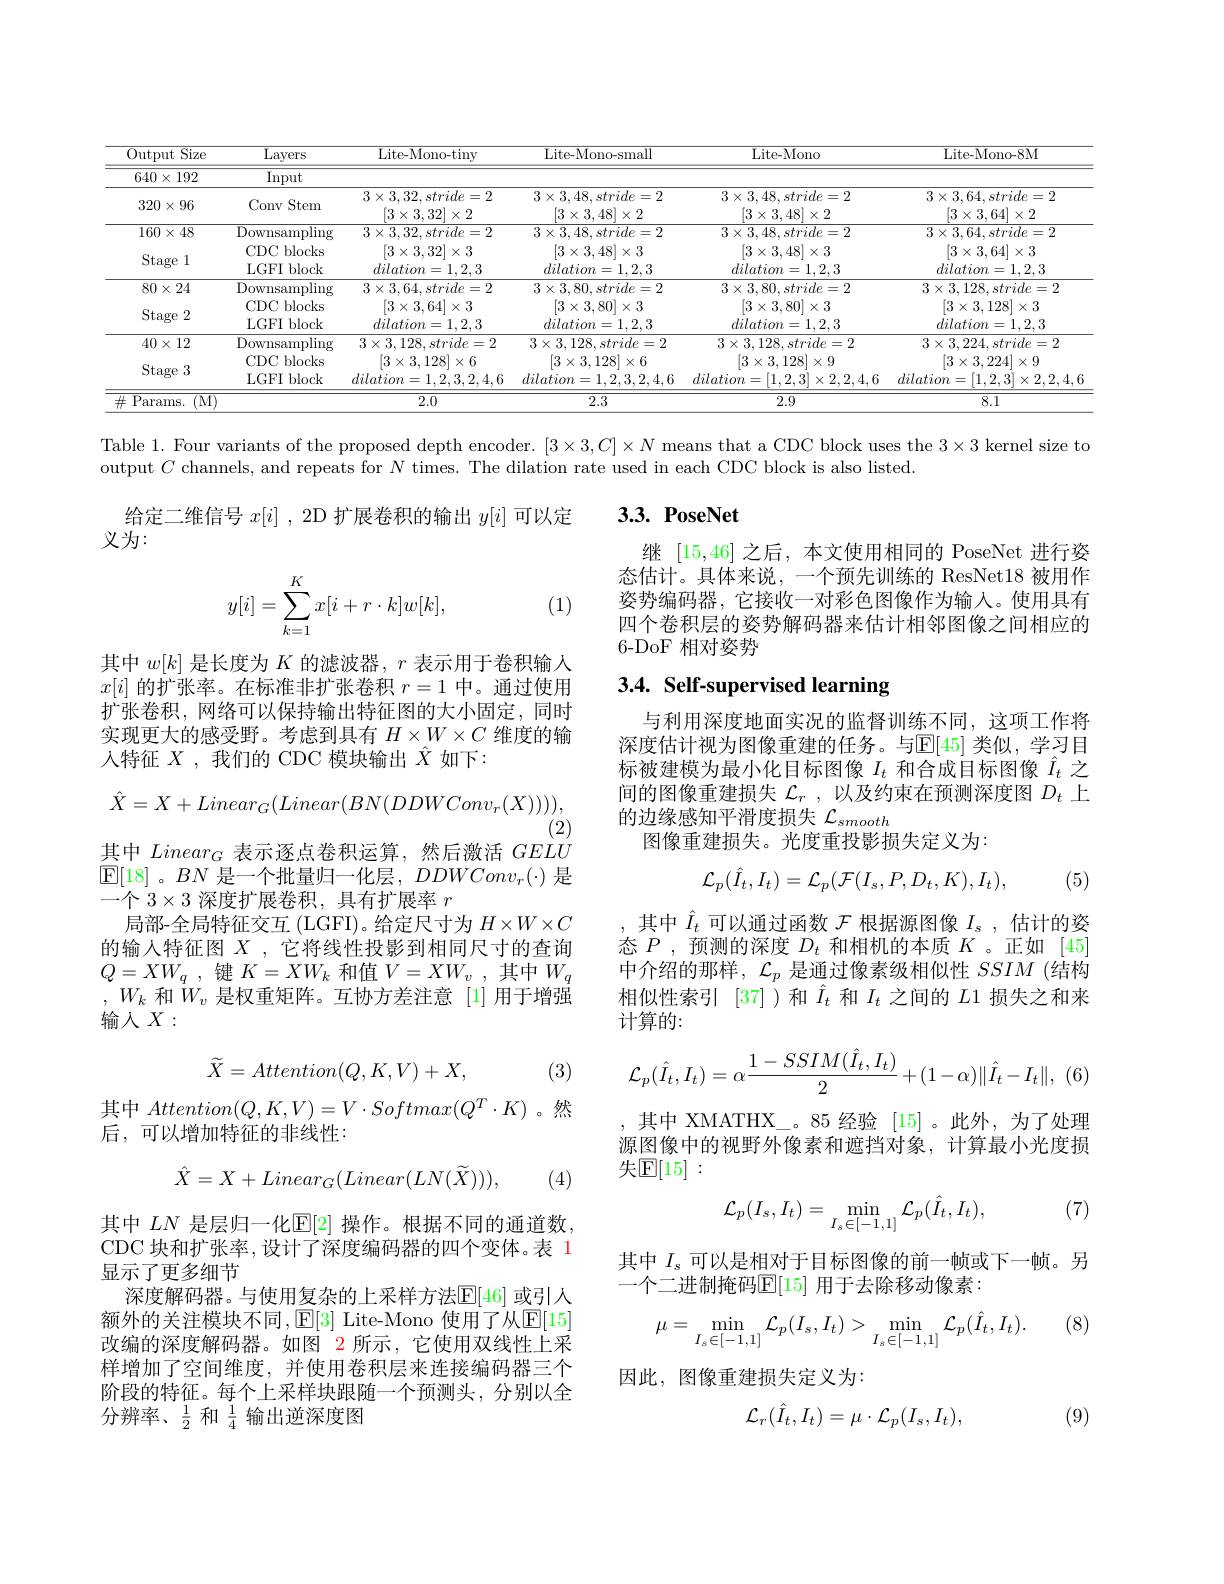
<table>
	<tbody>
		<tr>
			<th>Output Size T</th>
			<th>Layers</th>
			<th>Lite-Mono-tiny</th>
			<th>Lite-Mono-small</th>
			<th>Lite- Mono</th>
			<th>Lite-Mono-8M</th>
		</tr>
		<tr>
			<td>$640\times192$</td>
			<td>Input</td>
			<td> </td>
			<td> </td>
			<td> </td>
			<td> </td>
		</tr>
		<tr>
			<td>$320\times96$</td>
			<td>Conv Stem</td>
			<td>$3\times3,32,stride=2$ $\left|3\times3,32\right|$ $|\times2$</td>
			<td>$3\times3,48,stride=2$ $|3\times3,48|\times2$</td>
			<td>$3\times3,48,stride=2$ $|3\times3,48|\times2$</td>
			<td>$3\times3,64,stride=2$ $\left|3\times3,64\right|\times2$</td>
		</tr>
		<tr>
			<td>$160\times48$</td>
			<td>$\overline{{\mathrm{Downsampling}}}$</td>
			<td>$3\times3,32,stride=2$</td>
			<td>$3\times3,48,stride=2$</td>
			<td>$3\times3,48,stride=2$</td>
			<td>$3\times3,64,stride=2$</td>
		</tr>
		<tr>
			<td>Stage 1</td>
			<td>CDC blocks LGFI block</td>
			<td>$\left|3\times3,32\right|\times3$ $dilation=1,2,3$</td>
			<td>$[3\times3,48]\times3$ $dilation=1,2,3$</td>
			<td>$\left|3\times3,48\right|\times3$ $dilation=1,2,3$</td>
			<td>$\left|3\times3,64\right|\times3$ $dilation=1,2,3$</td>
		</tr>
		<tr>
			<td>$80\times24$</td>
			<td>Downsampling</td>
			<td>$3\times3,64,stride=2$</td>
			<td>$3\times3,80,stride=2$</td>
			<td>$3\times3,80,stride=2$</td>
			<td>$3\times3,128,stride=2$</td>
		</tr>
		<tr>
			<td>Stage 2</td>
			<td>CDC blocks LGFI block</td>
			<td>$\left|3\times3,64\right|$ $1\times3$ $dilation=1,2,3$</td>
			<td>$\left|3\times3,80\right|$ $1]\times3$ $dilation=1,2,3$</td>
			<td>$\left|3\times3,80\right|\times3$ $dilation=1,2,3$</td>
			<td>$\left|3\times3,128\right|\times3$ $dilation=1,2,3$</td>
		</tr>
		<tr>
			<td>$40\times12$</td>
			<td>${\overline{{\mathrm{Downsampling}}}}$</td>
			<td>$3\times3,128,stride=2$</td>
			<td>$3\times3,128,stride=2$</td>
			<td>$3\times3,128,stride=2$</td>
			<td>$3\times3,224,stride=2$</td>
		</tr>
		<tr>
			<td>Stage 3</td>
			<td>CDC blocks LGFI block</td>
			<td>$3\times3,128$ $dilation=1,2,3,2,4,6$</td>
			<td>$3\times3,128$ $X$ $dilation=1,2,3,2,4,6$</td>
			<td>$0\times$ 0, TA $dilation=[1,2,3]\times2,2,4,6$</td>
			<td>$|3\times$ 3,224 A $dilation=[1,2,3]\times2,2,4,6$</td>
		</tr>
		<tr>
			<td>${\overline{{\mathrm{Params.}}}}$ (MT</td>
			<td> </td>
			<td>2.0</td>
			<td>2.3</td>
			<td>2.9</td>
			<td>8.1</td>
		</tr>
	</tbody>
</table>

Table 1. Four variants of the proposed depth encoder. $[3\times3,C]\times N$ means that a CDC block uses the $3\times3$ kernel size to
output $C$ channels, and repeats for $N$ times. The dilation rate used in each CDC block is also listed.

### $3. 3. \textbf{PoseNet}$

给定二维信号$x[i]$ ,2D 扩展卷积的输出$y[i]$可以定
义为：

继[15,46]之后，本文使用相同的 PoseNet 进行姿态估计。具体来说，一个预先训练的 ResNet18 被用作姿势编码器，它接收一对彩色图像作为输入。使用具有四个卷积层的姿势解码器来估计相邻图像之间相应的6-DoF 相对姿势

(1)
$$\begin{aligned}y[i]=\sum_{k=1}^Kx[i+r\cdot k]w[k],\end{aligned}$$
## 3.4. Self-supervised learning

其中$w[k]$是长度为$K$的滤波器，$r$表示用于卷积输入$x[i]$的扩张率。在标准非扩张卷积$r=1$中。通过使用扩张卷积，网络可以保持输出特征图的大小固定，同时实现更大的感受野。考虑到具有$H\times W\times C$维度的输人特征$X$ ,我们的 CDC 模块输出$\hat{X}$如下：

与利用深度地面实况的监督训练不同，这项工作将深度估计视为图像重建的任务。与$\mathbb{E}[45]$ 类似，学习目标被建模为最小化目标图像$I_t$和合成目标图像$\hat{I}_t$之间的图像重建损失$\mathcal{L}_r$,以及约束在预测深度图$D_t$上的边缘感知平滑度损失$\mathcal{L}_{smooth}$
图像重建损失。光度重投影损失定义为：
$$\hat{X}=X+Linear_G(Linear(BN(DDWConv_r(X))))$$
(2)
其中$Linear_G$表示逐点卷积运算，然后激活$GELU$

$\mathbb{E}[18]$。$BN$是一个批量归一化层，$DDWConv_r(\cdot)$是
一个$3\times3$深度扩展卷积，具有扩展率$r$
局部-全局特征交互 (LGFI)。给定尺寸为$H\times W\times C$ 的输入特征图$X$ ,它将线性投影到相同尺寸的查询$Q= XW_q$ ,键$K=XW_k$和值$V= XW_v$ ,其中$W_q$ $,W_k$和$\dot{W}_v$是权重矩阵。互协方差注意[1]用于增强输入$X:$

(5)
$$\mathcal{L}_p(\hat{I}_t,I_t)=\mathcal{L}_p(\mathcal{F}(I_s,P,D_t,K),I_t),$$
其中$\hat{I}_t$可以通过函数$\mathcal{F}$根据源图像$I_s$,估计的姿态$P$ ,预测的深度$D_t$和相机的本质$K$ 。正如[45] 中介绍的那样，$\mathcal{L}_p$是通过像素级相似性$SSIM$ (结构相似性索引 [37])和$\hat{I}_t$和$I_t$之间的$L$1 损失之和来计算的：

(3)
$$\widetilde{X}=Attention(Q,K,V)+X,$$
$$\mathcal{L}_p(\hat{I}_t,I_t)=\alpha\frac{1-SSIM(\hat{I}_t,I_t)}{2}+(1-\alpha)\|\hat{I}_t-I_t\|,$$
其中$Attention(Q,K,V)=V\cdot Softmax(Q^{T}\cdot K)$。然
后，可以增加特征的非线性：

,其中 XMATHX\_。85 经验 [15]。此外，为了处理源图像中的视野外像素和遮挡对象，计算最小光度损失[E[15]:
$$\hat{X}=X+Linear_{G}(Linear(LN(\widetilde{X}))),$$
(4)

(7)
$$\mathcal{L}_p(I_s,I_t)=\min_{I_s\in[-1,1]}\mathcal{L}_p(\hat{I}_t,I_t),$$
其中$I_s$可以是相对于目标图像的前一帧或下一帧。另
一个二进制掩码$\mathbb{E}[15]$ 用于去除移动像素：

其中$LN$是层归一化$\mathbb{E}[2]$操作。根据不同的通道数。CDC 块和扩张率，设计了深度编码器的四个变体。表 1显示了更多细节
深度解码器。与使用复杂的上采样方法$\mathbb{E}[46]$ 或引人额外的关注模块不同$,\operatorname{E}[3]$ Lite-Mono 使用了从$\operatorname{E}[15]$ 改编的深度解码器。如图 2 所示，它使用双线性上采样增加了空间维度，并使用卷积层来连接编码器三个阶段的特征。每个上采样块跟随一个预测头，分别以全分辨率、$\frac{1}{2}$和$\frac{1}{4}$输出逆深度图

(8)
$$\mu=\min\limits_{I_s\in[-1,1]}\mathcal{L}_p(I_s,I_t)>\min\limits_{I_s\in[-1,1]}\mathcal{L}_p(\hat{I}_t,I_t).$$
因此，图像重建损失定义为：

(9)
$$\mathcal{L}_r(\hat{I}_t,I_t)=\mu\cdot\mathcal{L}_p(I_s,I_t),$$